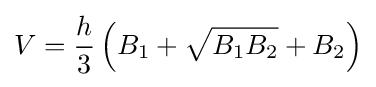
V={\frac {h}{3}}\left(B_{1}+{\sqrt {B_{1}B_{2}}}+B_{2}\right)